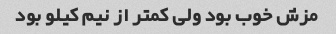
مزش خوب بود ولی کمتر از نیم کیلو بود